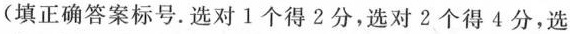
(填正确答案标号。选对1个得2分，选对2个得4分，选